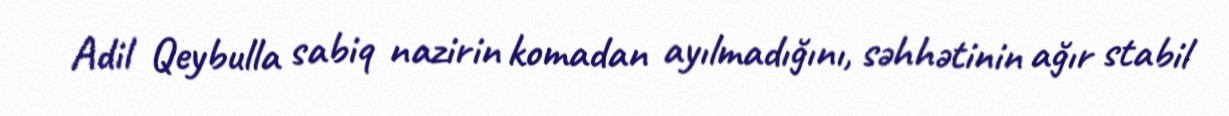
Adil Qeybulla sabiq nazirin komadan ayılmadığını, səhhətinin ağır stabil